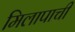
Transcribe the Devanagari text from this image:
मिलापाची